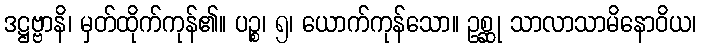
ဒဋ္ဌဗ္ဗာနိ၊ မှတ်ထိုက်ကုန်၏။ ပဉ္စ၊ ၅၊ ယောက်ကုန်သော။ ဥစ္ဆု သာလာသာမိနောဝိယ၊